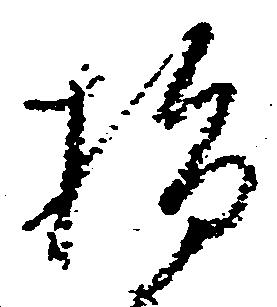
指